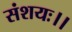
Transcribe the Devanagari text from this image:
संशयः।।